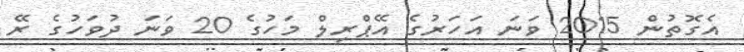
އެގޮތުން 2015 ވަނަ އަހަރުގެ އޭޕްރިލް މަހުގެ 20 ވަނަ ދުވަހުގެ ރޭ